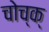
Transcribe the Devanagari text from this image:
चोच्क्